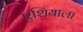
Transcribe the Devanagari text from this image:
एशियाला